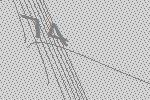
74